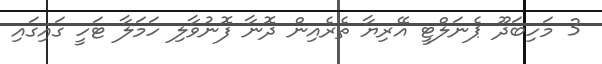
3 މަހިބަދޫ ޕެނަލްޓީ އޭރިޔާ ތެރެއިން ދޮނާ ފޮނުވާލި ހަމަލާ ޓަހީ ގައިގައި